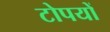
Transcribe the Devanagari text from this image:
टोपयों